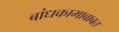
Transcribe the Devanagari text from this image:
बांधकामाबाबत